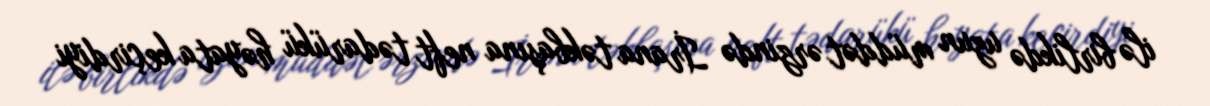
ilə birlikdə uzun müddət ərzində İrana təkbaşına neft tədarükü həyata keçirdiyi